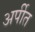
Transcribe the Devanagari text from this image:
अर्पीत